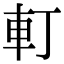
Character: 𨊡